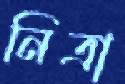
নিত্রা